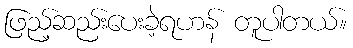
ဖြည့်ဆည်းပေးခဲ့ရဟန် တူပါတယ်။